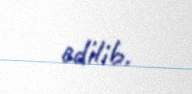
edilib.